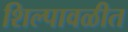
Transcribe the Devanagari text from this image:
शिल्पावळीत